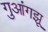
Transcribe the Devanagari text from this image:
गुआंगझू